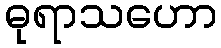
ဓုရာသဟော